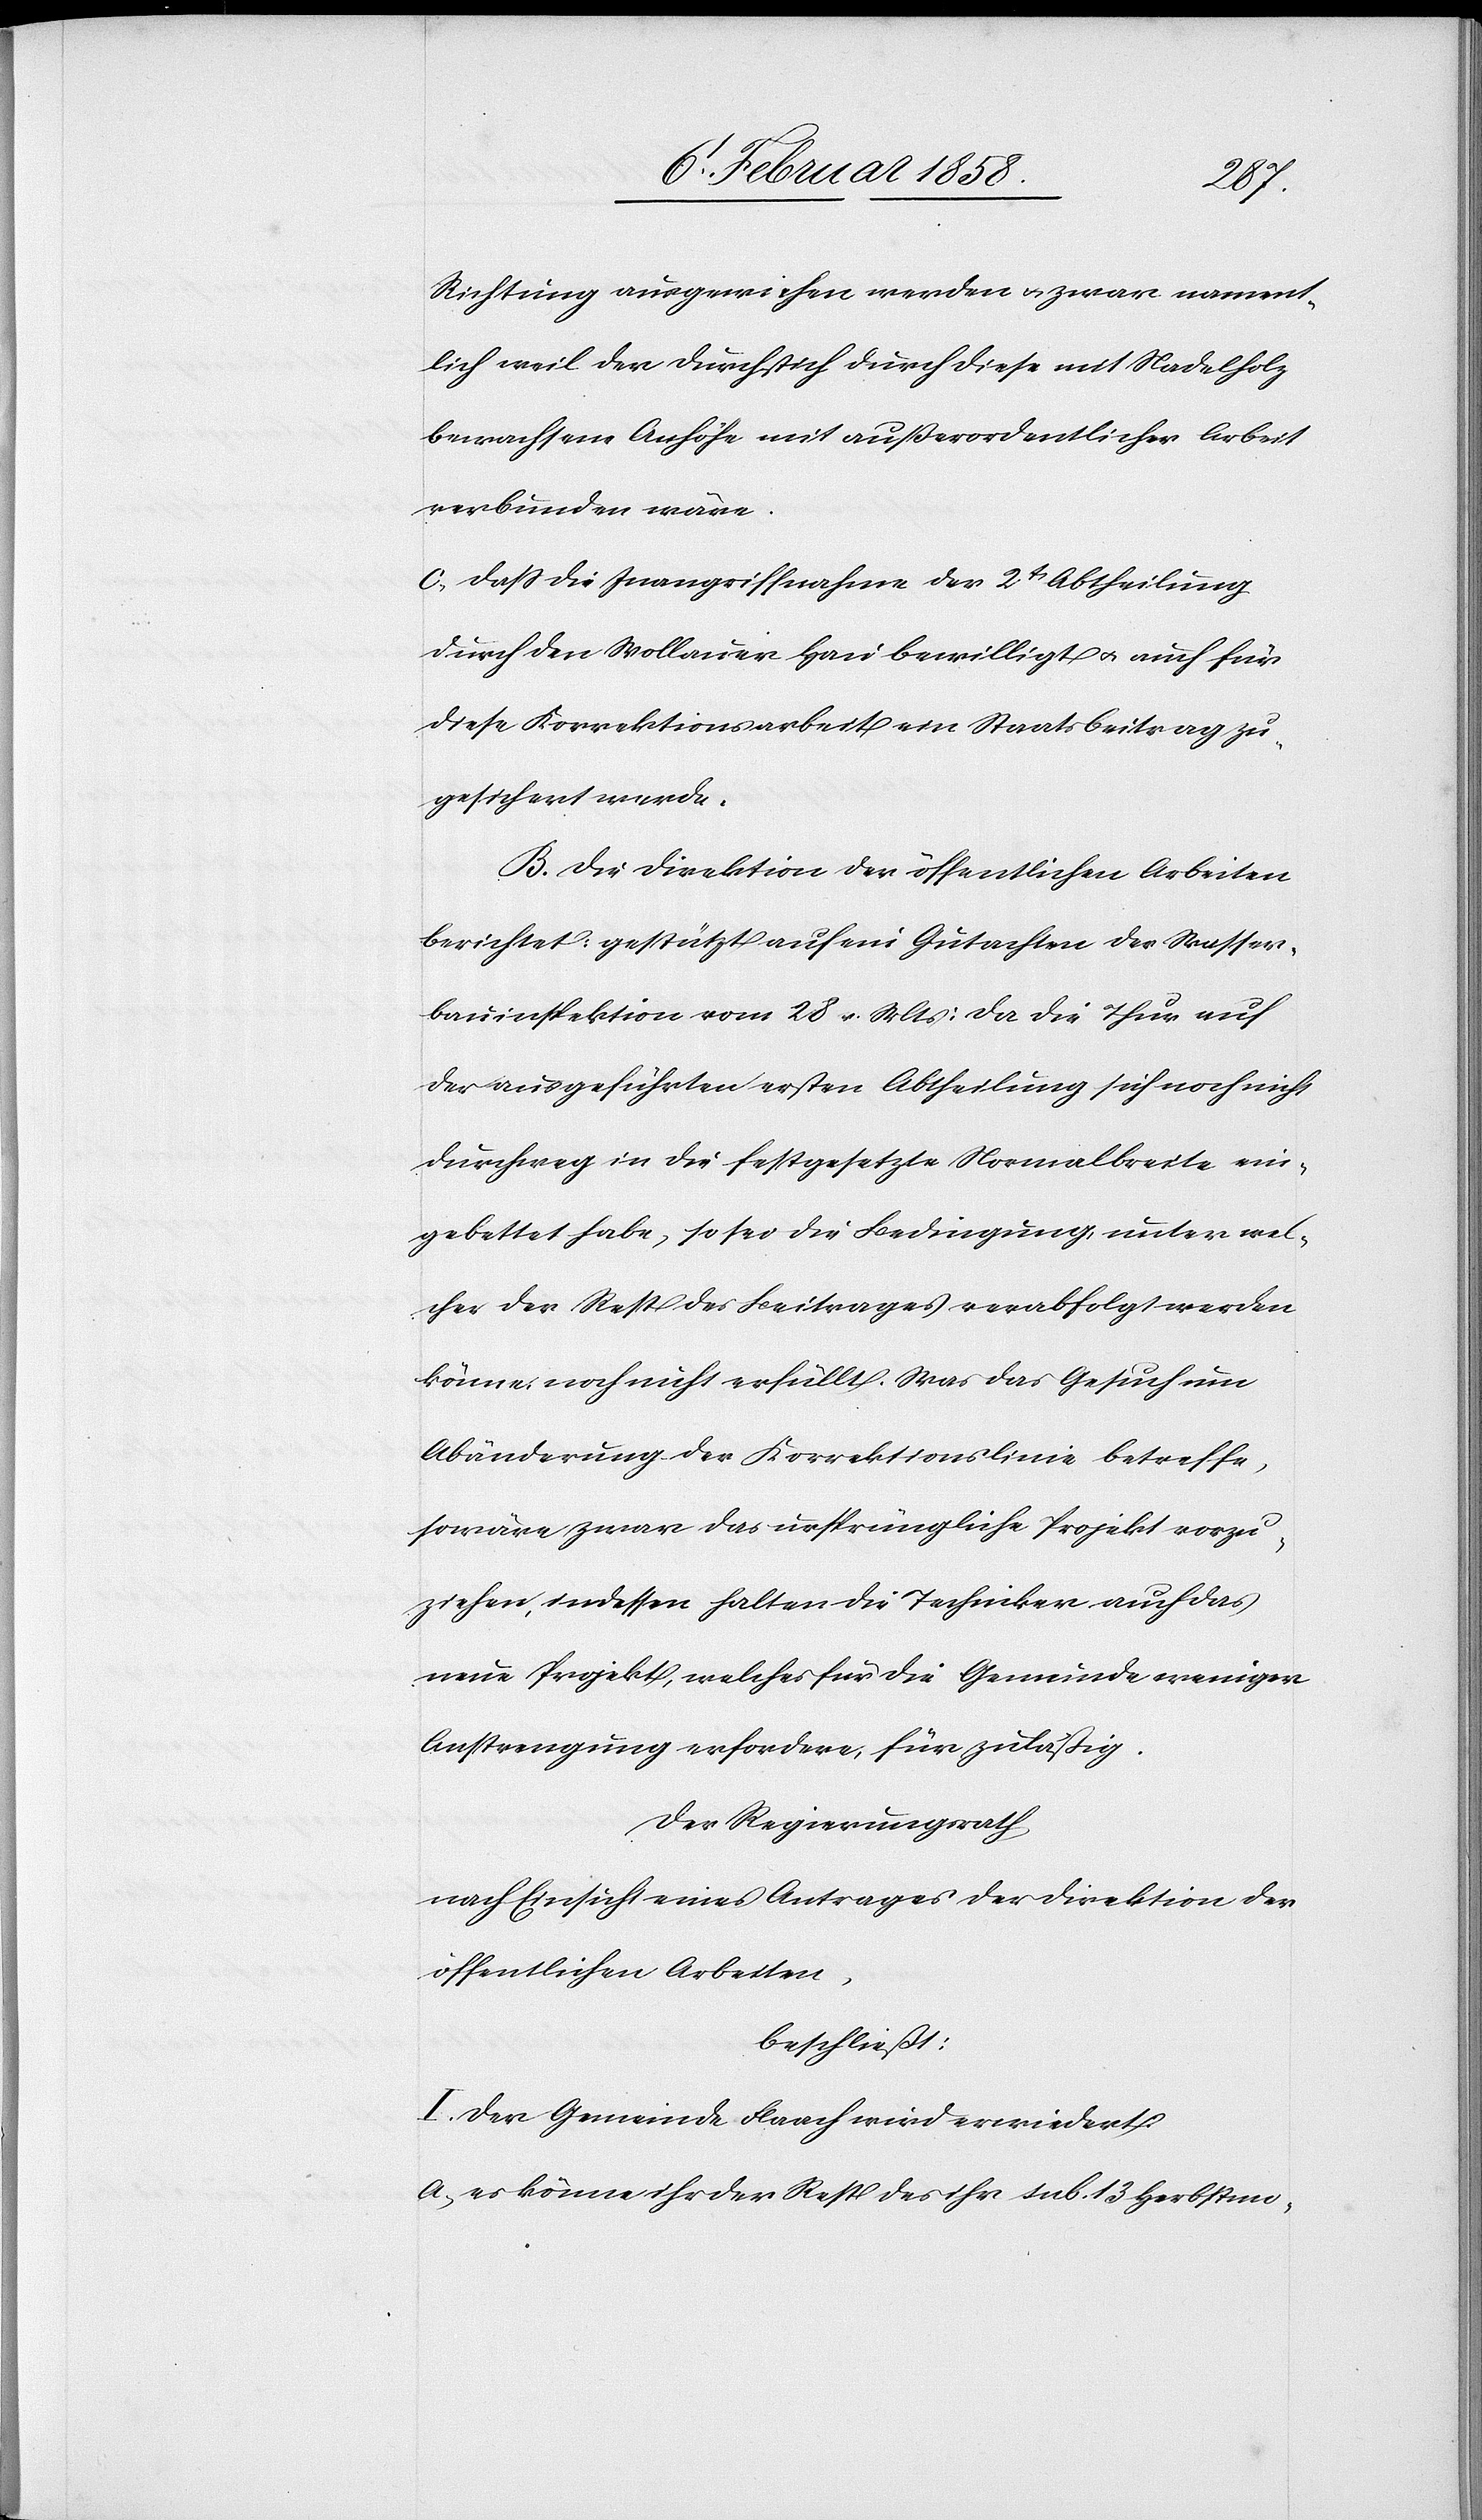
Richtung ausgewichen werden u. zwar nament¬
lich weil der Durchstich durch diese mit Nadelholz
bewachsene Anhöhe mit außerordentlicher Arbeit
verbunden wäre.
c. daß die Inangriffnahme der 2t Abtheilung
durch den Wolauer Hau bewilligt u. auch für
diese Korrektionsarbeit ein Staatsbeitrag zu¬
gesichert werde.
B. Die Direktion der öffentlichen Arbeiten
berichtet, gestützt auf ein Gutachten der Wasser¬
bauinspektion vom 28 v. Mts: Da die Thur auf
der ausgeführten ersten Abtheilung sich noch nicht
durchweg in die festgesetzte Normalbreite ein¬
gebettet habe, so sei die Bedingung, unter wel¬
cher der Rest des Beitrages verabfolgt werden
könne, noch nicht erfüllt. Was das Gesuch um
Abänderung der Korrektionslinie betreffe,
so wäre zwar das ursprüngliche Projekt vorzu¬
ziehen, indessen halten die Techniker auch das
neue Projekt, welches für die Gemeinde weniger
Anstrengung erfordere, für zuläßig.
Der Regierungsrath,
nach Einsicht eines Antrages der Direktion der
öffentlichen Arbeiten,
beschließt:
I. Der Gemeinde Flaach wird erwiedert:
a. es könne ihr der Rest des ihr sub. 13 Herbstmo-